Lunatic asylums Bombay report 1891-1903 - 1891-1903
Year: 1891
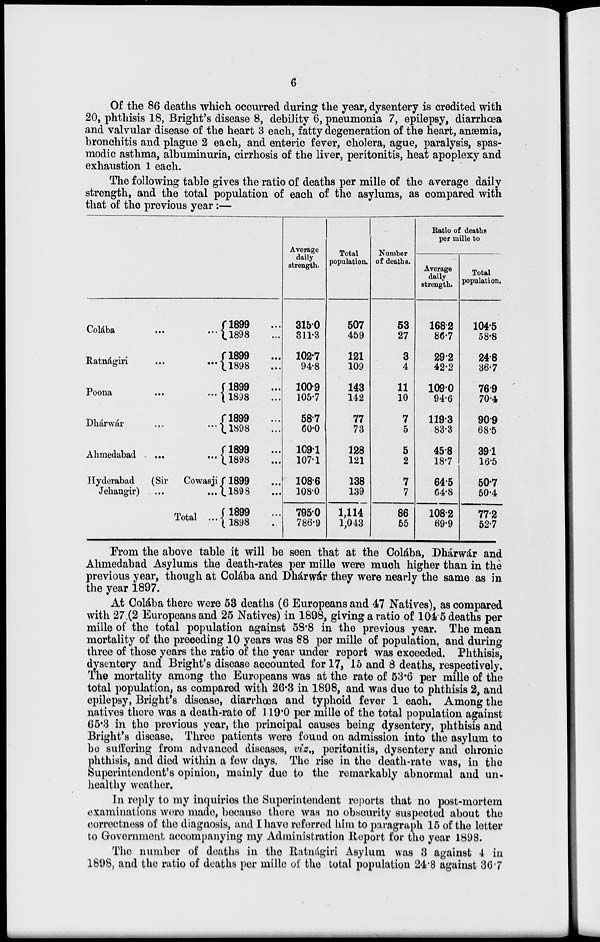
6
Of the 86 deaths which occurred during the year, dysentery is credited with
20, phthisis 18, Bright's disease 8, debility 6, pneumonia 7, epilepsy, diarrhœa
and valvular disease of the heart 3 each, fatty degeneration of the heart, anæmia,
bronchitis and plague 2 each, and enteric fever, cholera, ague, paralysis, spas-
modic asthma, albuminuria, cirrhosis of the liver, peritonitis, heat apoplexy and
exhaustion 1 each.
The following table gives the ratio of deaths per mille of the average daily
strength, and the total population of each of the asylums, as compared with
that of the previous year :—
Colába
...
...
Ratnágiri
...
...
Poona
... ...
Dhárwár
...
...
Ahmedabad
...
...
Hyderabad
(Sir
Cowasji
Jehangir)
...
...
Total ...
1899 ...
1898 ...
1899 ...
1898 ...
1899 ...
1898 ...
1899 ...
1898 ...
1899 ...
1898 ...
1899 ...
1898 ...
1899 ...
1898 ...
Average
daily
strength.
315.0
311.3
102.7
94.8
100.9
105.7
58.7
60.0
109.1
107.1
108.6
108.0
795.0
786.9
Total
population.
507
459
121
109
143
142
77
73
128
121
138
139
1,114
1,043
Number
of deaths.
53
27
3
4
11
10
7
5
5
2
7
7
86
55
Ratio of deaths
per mille to
Average
daily
strength.
168.2
86.7
29.2
42.2
109.0
94.6
119.3
83.3
45.8
18.7
64.5
64.8
108.2
69.9
Total
population.
104.5
58.8
24.8
36.7
76.9
70.4
90.9
68.5
39.1
16.5
50.7
50.4
77.2
52.7
From the above table it will be seen that at the Colába, Dhárwár and
Ahmedabad Asylums the death-rates per mille were much higher than in the
previous year, though at Colába and Dhárwár they were nearly the same as in
the year 1897.
At Colába there were 53 deaths (6 Europeans and 47 Natives), as compared
with 27 (2 Europeans and 25 Natives) in 1898, giving a ratio of 104.5 deaths per
mille of the total population against 58.8 in the previous year. The mean
mortality of the preceding 10 years was 88 per mille of population, and during
three of those years the ratio of the year under report was exceeded. Phthisis,
dysentery and Bright's disease accounted for 17, 15 and 8 deaths, respectively.
The mortality among the Europeans was at the rate of 53.6 per mille of the
total population, as compared with 26.3 in 1898, and was due to phthisis 2, and
epilepsy, Bright's disease, diarrhœa and typhoid fever 1 each. Among the
natives there was a death-rate of 119.0 per mille of the total population against
65.3 in the previous year, the principal causes being dysentery, phthisis and
Bright's disease. Three patients were found on admission into the asylum to
be suffering from advanced diseases, viz., peritonitis, dysentery and chronic
phthisis, and died within a few days. The rise in the death-rate was, in the
Superintendent's opinion, mainly due to the remarkably abnormal and un-
healthy weather.
In reply to my inquiries the Superintendent reports that no post-mortem
examinations were made, because there was no obscurity suspected about the
correctness of the diagnosis, and I have referred him to paragraph 15 of the letter
to Government accompanying my Administration Report for the year 1898.
The number of deaths in the Ratnágiri Asylum was 3 against 4 in
1898, and the ratio of deaths per mille of the total population 24.8 against 36.7